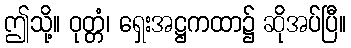
ဤသို့။ ဝုတ္တံ၊ ရှေးအဋ္ဌကထာ၌ ဆိုအပ်ပြီ။